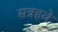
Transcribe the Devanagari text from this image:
सत्रहवे